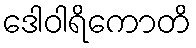
ဒေါဝါရိကောတိ